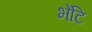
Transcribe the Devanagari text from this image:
भेंटि